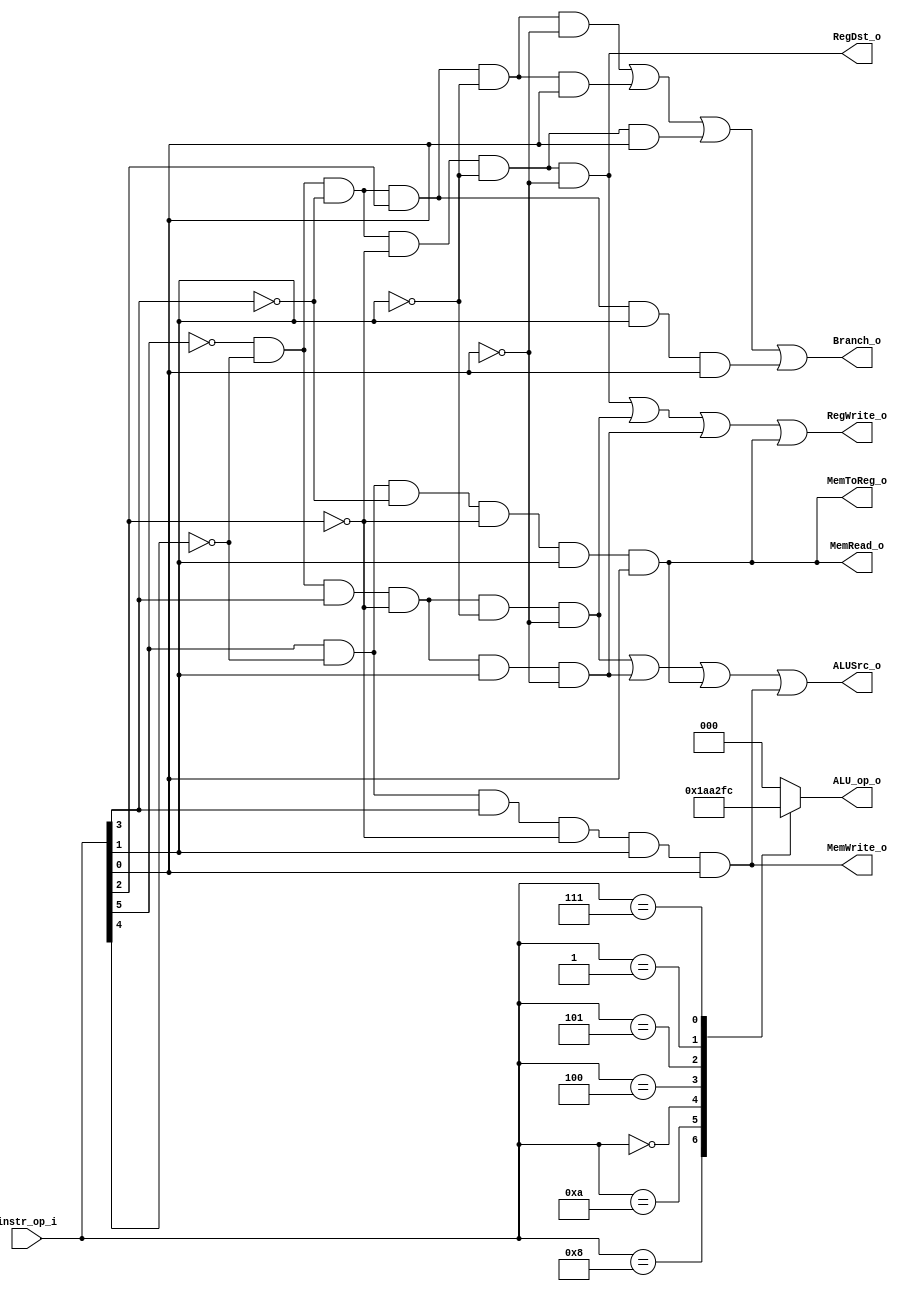
// 0816153

`timescale 1ns/1ps
module Decoder(
    instr_op_i,
	RegWrite_o,
	ALU_op_o,
	ALUSrc_o,
	RegDst_o,
	Branch_o,
	MemToReg_o,
	MemRead_o,
	MemWrite_o
);
     
// I/O ports
input  [6-1:0] instr_op_i;

output         RegWrite_o;
output [3-1:0] ALU_op_o;
output         ALUSrc_o;
output 		   RegDst_o;
output         Branch_o;

output MemToReg_o;
output MemRead_o;
output MemWrite_o;

 
// Internal Signals
reg    [3-1:0] ALU_op_o;
reg            ALUSrc_o;
reg            RegWrite_o;
reg            RegDst_o;
reg            Branch_o;

reg MemToReg_o;
reg MemRead_o;
reg MemWrite_o;

// Parameter

// R-format 000,000
wire rfmt = (~instr_op_i[5]) & (~instr_op_i[4]) & (~instr_op_i[3]) &
			(~instr_op_i[2]) & (~instr_op_i[1]) & (~instr_op_i[0]);

// Addi 001,000
wire addi = (~instr_op_i[5]) & (~instr_op_i[4]) & ( instr_op_i[3]) &
			(~instr_op_i[2]) & (~instr_op_i[1]) & (~instr_op_i[0]);

// slti 001,010
wire slti = (~instr_op_i[5]) & (~instr_op_i[4]) & ( instr_op_i[3]) &
			(~instr_op_i[2]) & ( instr_op_i[1]) & (~instr_op_i[0]);

// beq 000,100
wire bieq = (~instr_op_i[5]) & (~instr_op_i[4]) & (~instr_op_i[3]) &
			( instr_op_i[2]) & (~instr_op_i[1]) & (~instr_op_i[0]);

// bne 000,101
wire bneq = (~instr_op_i[5]) & (~instr_op_i[4]) & (~instr_op_i[3]) &
			( instr_op_i[2]) & (~instr_op_i[1]) & ( instr_op_i[0]);

// bge 000,001
wire bgte = (~instr_op_i[5]) & (~instr_op_i[4]) & (~instr_op_i[3]) &
			(~instr_op_i[2]) & (~instr_op_i[1]) & ( instr_op_i[0]);

// bgt 000,111
wire bgtr = (~instr_op_i[5]) & (~instr_op_i[4]) & (~instr_op_i[3]) &
			( instr_op_i[2]) & ( instr_op_i[1]) & ( instr_op_i[0]);


// lw 100,011
wire lowd = ( instr_op_i[5]) & (~instr_op_i[4]) & (~instr_op_i[3]) &
			(~instr_op_i[2]) & ( instr_op_i[1]) & ( instr_op_i[0]);

// sw 101,011
wire stwd = ( instr_op_i[5]) & (~instr_op_i[4]) & ( instr_op_i[3]) &
			(~instr_op_i[2]) & ( instr_op_i[1]) & ( instr_op_i[0]);

always @(*) begin 
	RegDst_o <= rfmt;

	RegWrite_o <= rfmt | addi | slti | lowd;
	Branch_o <= bieq | bneq | bgte | bgtr;
	ALUSrc_o <= addi | slti | lowd | stwd;
	
	MemToReg_o <= lowd;
	MemRead_o <= lowd;
	MemWrite_o <= stwd;
end


// bne 000,101

// bge 000,001

// bgt 000,111

// ALU_OP
always @(*) begin
	case(instr_op_i)
		6'b001000: ALU_op_o <= 3'b110; // addi
		6'b001010: ALU_op_o <= 3'b101; // slti
		6'b000000: ALU_op_o <= 3'b010; // r-format
		6'b000100: ALU_op_o <= 3'b001; // beq
		6'b000101: ALU_op_o <= 3'b011; // bne
		6'b000001: ALU_op_o <= 3'b111; // bge
		6'b000111: ALU_op_o <= 3'b100; // bne
		default:
			ALU_op_o <= 3'b000; // lw & sw
	endcase
end

endmodule